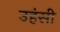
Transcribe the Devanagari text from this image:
उहंसी